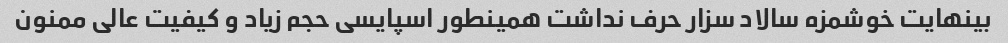
بینهایت خوشمزه سالاد سزار حرف نداشت همینطور اسپایسی حجم زیاد و کیفیت عالی ممنون